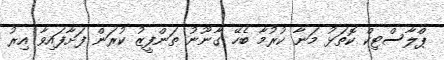
ޕްލާސްޓިކް ކޮތަޅު މަނާ ކުރުމާ ބެހޭ ގާނޫނު ތަންފީޒު ކުރަން ފަށާފައިވާ އިރު